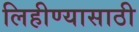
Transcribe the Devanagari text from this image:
लिहीण्यासाठी